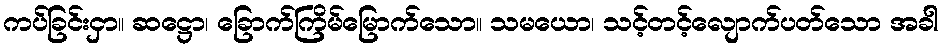
ကပ်ခြင်းငှာ။ ဆဋ္ဌော၊ ခြောက်ကြိမ်မြောက်သော။ သမယော၊ သင့်တင့်လျောက်ပတ်သော အခါ